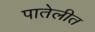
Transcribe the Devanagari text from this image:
पातेलीत